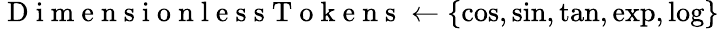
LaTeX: \mathrm{~D~i~m~e~n~s~i~o~n~l~e~s~s~T~o~k~e~n~s~}\gets\{ \cos,\sin,\tan,\exp,\log\}